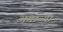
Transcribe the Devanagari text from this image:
अगान्या